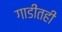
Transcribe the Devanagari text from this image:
गाडीतही